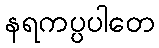
နရကပ္ပပါတေ